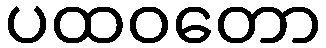
ပထဝတော